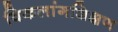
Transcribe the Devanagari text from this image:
विकलांगशिक्षण